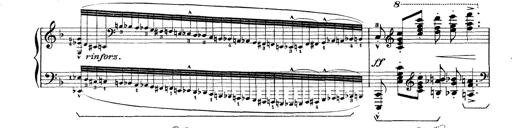
Title: Rapsodie: 19 ungheresi, 1 spagnuola
Composer: Franz Liszt